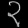
Digit: ၃